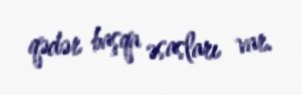
qədər başqa əsasları var.